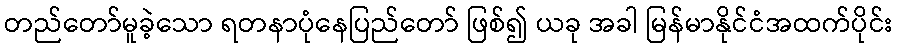
တည်တော်မူခဲ့သော ရတနာပုံနေပြည်တော် ဖြစ်၍ ယခု အခါ မြန်မာနိုင်ငံအထက်ပိုင်း